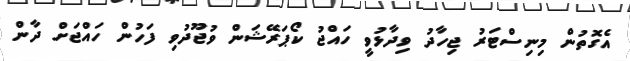
އެގޮތުން މިނިސްޓަރު ޖިހާދު ވިދާޅުވީ ހައްޖު ކޯޕަރޭޝަން ވުޖޫދުވި ފަހުން ހައްޖަށް ދާން